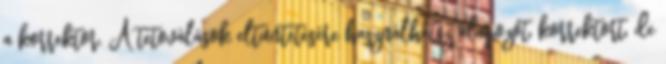
a korrektor. A tetoválások eltüntetésére használhatsz alapozót, korrektort, de